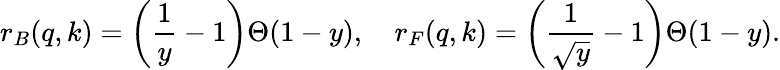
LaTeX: r_{B}(q,k)=\left(\frac{1}{y}-1\right)\Theta(1-y),\quad r_{F}(q,k)=\left(\frac{1}{\sqrt{y}}-1\right)\Theta(1-y).